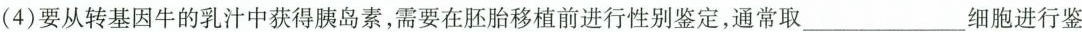
(4)要从转基因牛的乳汁中获得胰岛素，需要在胚胎移植前进行性别鉴定，通常取____细胞进行鉴